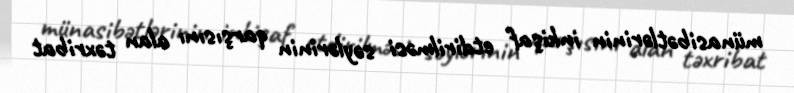
münasibətlərinin inkişaf etdirilməsi səylərinin qarşısını alan təxribat